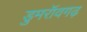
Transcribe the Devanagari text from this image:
डुमरॉवगढ़